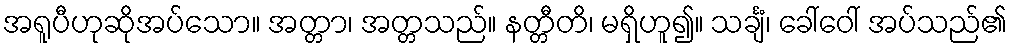
အရူပီဟုဆိုအပ်သော။ အတ္တာ၊ အတ္တသည်။ နတ္တီတိ၊ မရှိဟူ၍။ သင်္ချံ၊ ခေါ်ဝေါ် အပ်သည်၏